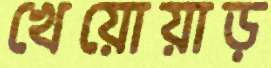
খেয়োয়াড়